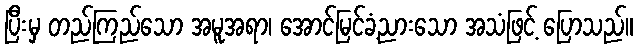
ပြီးမှ တည်ကြည်သော အမူအရာ၊ အောင်မြင်ခံ့ညားသော အသံဖြင့် ပြောသည်။